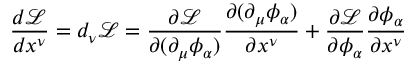
{ \frac { d { \mathcal { L } } } { d x ^ { \nu } } } = d _ { \nu } { \mathcal { L } } = { \frac { \partial { \mathcal { L } } } { \partial ( \partial _ { \mu } \phi _ { \alpha } ) } } { \frac { \partial ( \partial _ { \mu } \phi _ { \alpha } ) } { \partial x ^ { \nu } } } + { \frac { \partial { \mathcal { L } } } { \partial \phi _ { \alpha } } } { \frac { \partial \phi _ { \alpha } } { \partial x ^ { \nu } } }